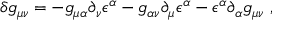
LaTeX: \delta g _ { \mu \nu } = - g _ { \mu \alpha } \partial _ { \nu } \epsilon ^ { \alpha } - g _ { \alpha \nu } \partial _ { \mu } \epsilon ^ { \alpha } - \epsilon ^ { \alpha } \partial _ { \alpha } g _ { \mu \nu } \ ,